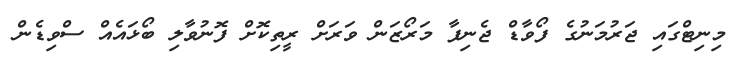
މިނިޓްގައި ޖަރުމަނުގެ ފޯވާޑް ޖެނިފާ މަރޯޒަން ވަރަށް ރީތިކޮށް ފޮނުވާލި ބޯޅައެއް ސްވިޑެން